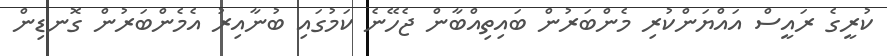
ކުރީގެ ރައީސް އައްޔަންކުރި މެންބަރުން ބައިތިއްބާން ޖެހޭނެ ކަމުގައި ބުނާއިރު އެމެންބަރުން ގޮނޑިން